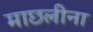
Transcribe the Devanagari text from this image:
माछलीना